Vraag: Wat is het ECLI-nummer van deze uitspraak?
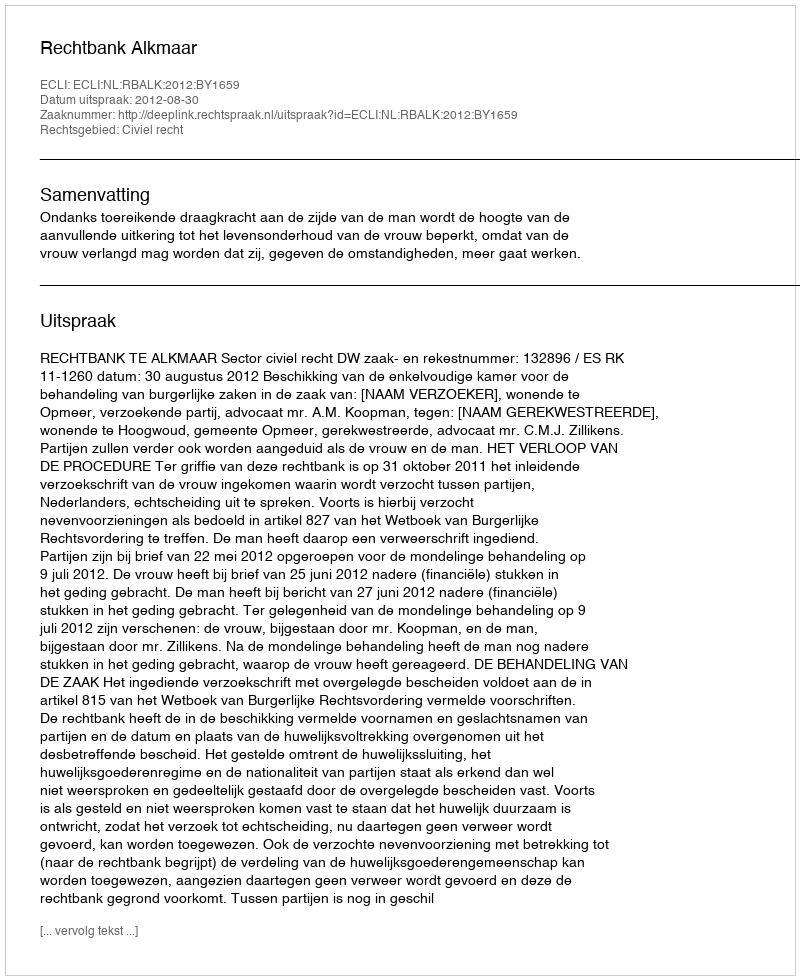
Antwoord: ECLI:NL:RBALK:2012:BY1659